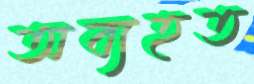
অব্যহত